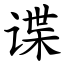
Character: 谍